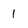
Character: I